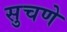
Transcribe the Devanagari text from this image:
सुचणे